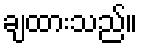
ချထားသည်။